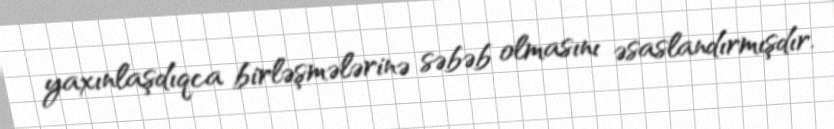
yaxınlaşdıqca birləşmələrinə səbəb olmasını əsaslandırmışdır.